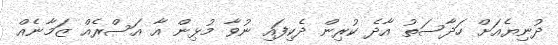
ދުނިޔެއަށް ހަދާސަތު އާދެ ކުރިން ދެކިފައި ނުވާ މުޅިން އާ އަސްރެއް ޒަމާނެއް